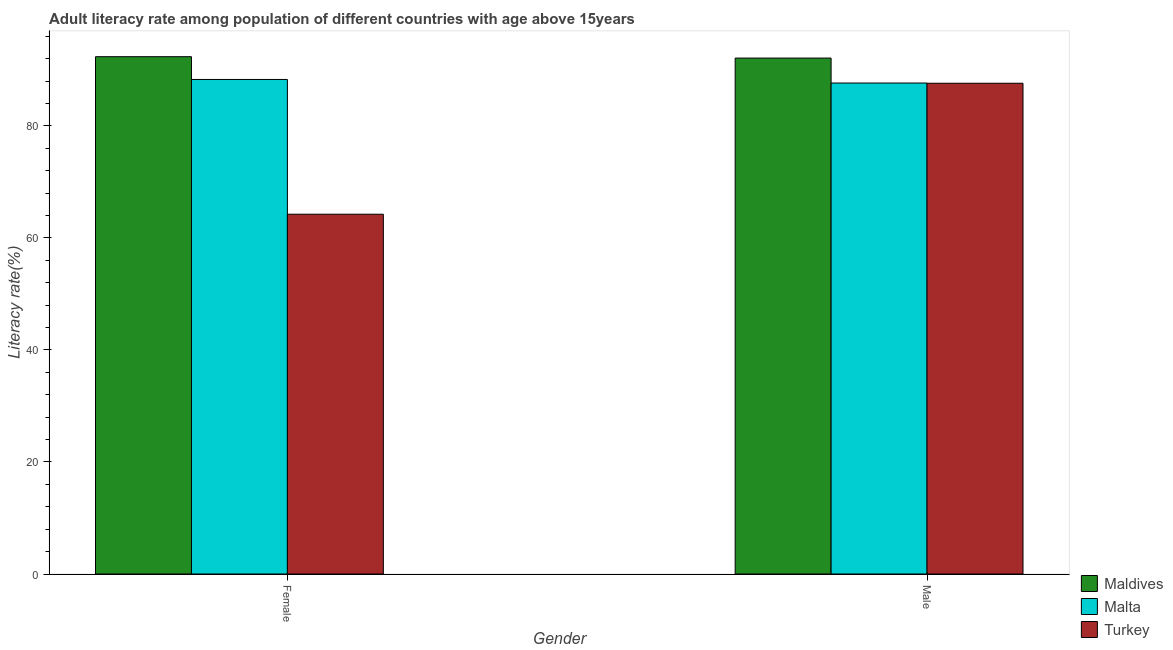
| Gender | Maldives | Malta | Turkey |
 | --- | --- | --- | --- |
 | Female | 92.4 | 88.3 | 64.2 |
 | Male | 92.1 | 87.7 | 87.6 |